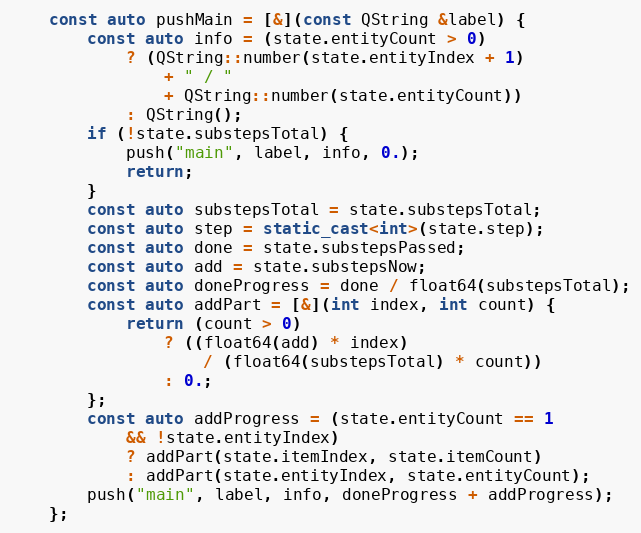
Language: C++
	const auto pushMain = [&](const QString &label) {
		const auto info = (state.entityCount > 0)
			? (QString::number(state.entityIndex + 1)
				+ " / "
				+ QString::number(state.entityCount))
			: QString();
		if (!state.substepsTotal) {
			push("main", label, info, 0.);
			return;
		}
		const auto substepsTotal = state.substepsTotal;
		const auto step = static_cast<int>(state.step);
		const auto done = state.substepsPassed;
		const auto add = state.substepsNow;
		const auto doneProgress = done / float64(substepsTotal);
		const auto addPart = [&](int index, int count) {
			return (count > 0)
				? ((float64(add) * index)
					/ (float64(substepsTotal) * count))
				: 0.;
		};
		const auto addProgress = (state.entityCount == 1
			&& !state.entityIndex)
			? addPart(state.itemIndex, state.itemCount)
			: addPart(state.entityIndex, state.entityCount);
		push("main", label, info, doneProgress + addProgress);
	};